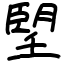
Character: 朢